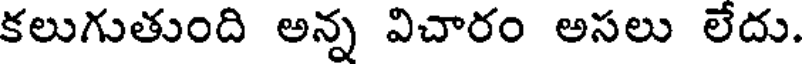
కలుగుతుంది అన్న విచారం అసలు లేదు.